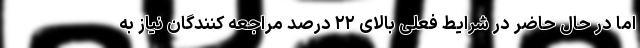
اما در حال حاضر در شرایط فعلی بالای ۲۲ درصد مراجعه کنندگان نیاز به